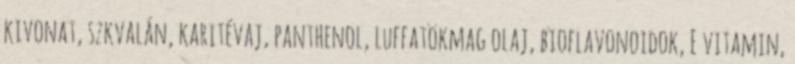
kivonat, szkvalán, karitévaj, panthenol, luffatökmag olaj, bioflavonoidok, E vitamin,